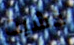
خشيت